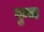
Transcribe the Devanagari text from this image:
गुन्स्ट